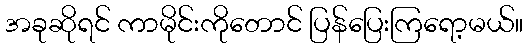
အခုဆိုရင် ကာမိုင်းကိုတောင် ပြန်ပြေးကြရော့မယ်။